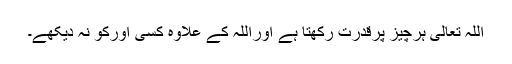
اللہ تعالیٰ ہرچیز پرقدرت رکھتا ہے اوراللہ کے علاوہ کسی اورکو نہ دیکھے۔